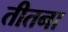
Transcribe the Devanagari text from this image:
तीतना